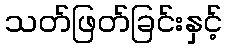
သတ်ဖြတ်ခြင်းနှင့်